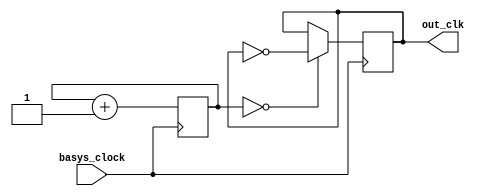
`timescale 1ns / 1ps
//////////////////////////////////////////////////////////////////////////////////
// Company: 
// Engineer: 
// 
// Design Name: 
// Module Name: clock_oled
// Project Name: 
// Target Devices: 
// Tool Versions: 
// Description: 
// 
// Dependencies: 
// 
// Revision:
// Revision 0.01 - File Created
// Additional Comments:
// 
//////////////////////////////////////////////////////////////////////////////////


module clock_oled(input basys_clock, output reg out_clk=0);
   
    reg [3:0] count=0;
    always @ (posedge basys_clock)
    begin
        count<= count+1;
        out_clk<=(count==0)?~out_clk:out_clk;
    end
endmodule